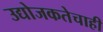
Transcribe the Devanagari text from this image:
उद्योजकतेचाही